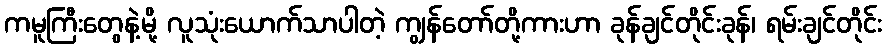
ကမူကြီးတွေနဲ့မို့ လူသုံးယောက်သာပါတဲ့ ကျွန်တော်တို့ကားဟာ ခုန်ချင်တိုင်းခုန်၊ ရမ်းချင်တိုင်း